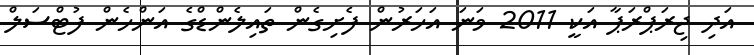
އަދި ޖިރަޕްރަޕާ އަކީ 2011 ވަނަ އަހަރުން ފެށިގެން ތައިލެންޑްގެ އަންހެން ފުޓްސަލް